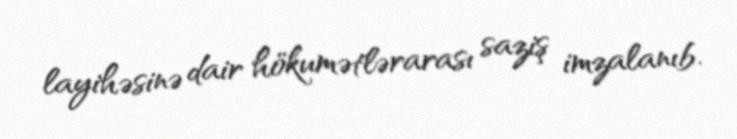
layihəsinə dair hökumətlərarası saziş imzalanıb.